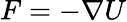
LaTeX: F=-\nabla U